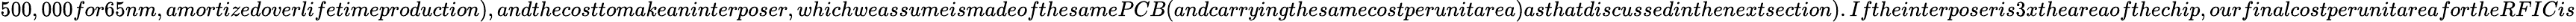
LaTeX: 500,000for65nm,amortizedoverlifetimeproduction),andthecosttomakeaninterposer,whichweassumeismadeofthesamePCB(andcarryingthesamecostperunitarea)asthatdiscussedinthenextsection).Iftheinterposeris3xtheareaofthechip,ourfinalcostperunitareafortheRFICis